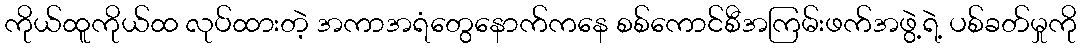
ကိုယ်ထူကိုယ်ထ လုပ်ထားတဲ့ အကာအရံတွေနောက်ကနေ စစ်ကောင်စီအကြမ်းဖက်အဖွဲ့ရဲ့ ပစ်ခတ်မှုကို